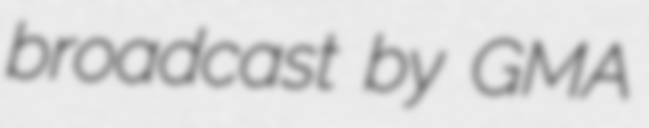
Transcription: broadcast by GMA